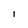
Character: I